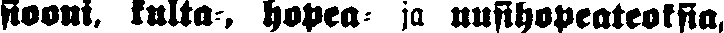
siooni, kulta-, hopea- ja uusihopeateoksia,